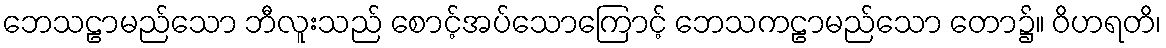
ဘေသဠာမည်သော ဘီလူးသည် စောင့်အပ်သောကြောင့် ဘေသကဠာမည်သော တော၌။ ဝိဟရတိ၊